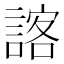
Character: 𮘨